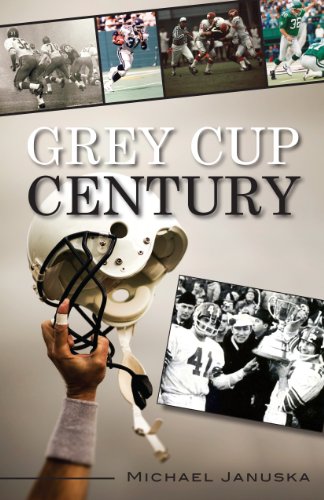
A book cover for Grey Cup Century; Michael Januska; Sports & Outdoors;